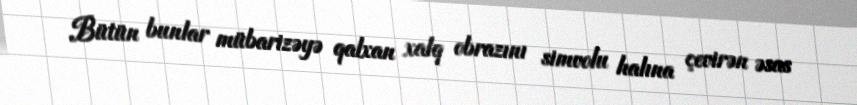
Bütün bunlar mübarizəyə qalxan xalq obrazını simvolu halına çevirən əsas